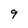
Character: 9